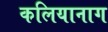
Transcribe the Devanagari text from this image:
कलियानाग